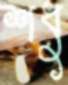
শধু